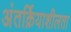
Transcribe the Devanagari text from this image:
अंतर्क्रियाशीलता